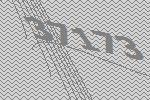
37173